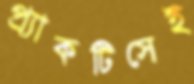
প্র্যাকটিসেই